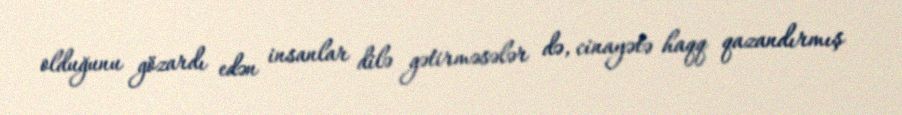
olduğunu gözardı edən insanlar dilə gətirməsələr də, cinayətə haqq qazandırmış